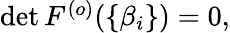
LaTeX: \begin{array}{r}{\operatorname*{det}F^{(o)}(\{ \beta_{i}\} )=0,}\end{array}